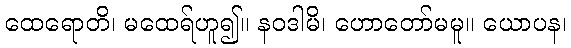
ထေရောတိ၊ မထေရ်ဟူ၍။ နဝဒါမိ၊ ဟောတော်မမူ။ ယောပန၊